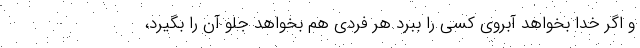
و اگر خدا بخواهد آبروی کسی را ببرد هر فردی هم بخواهد جلو آن را بگیرد،